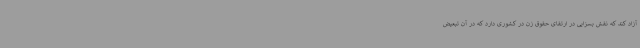
آزاد کند که نقش بسزایی در ارتقای حقوق زن در کشوری دارد که در آن تبعیض